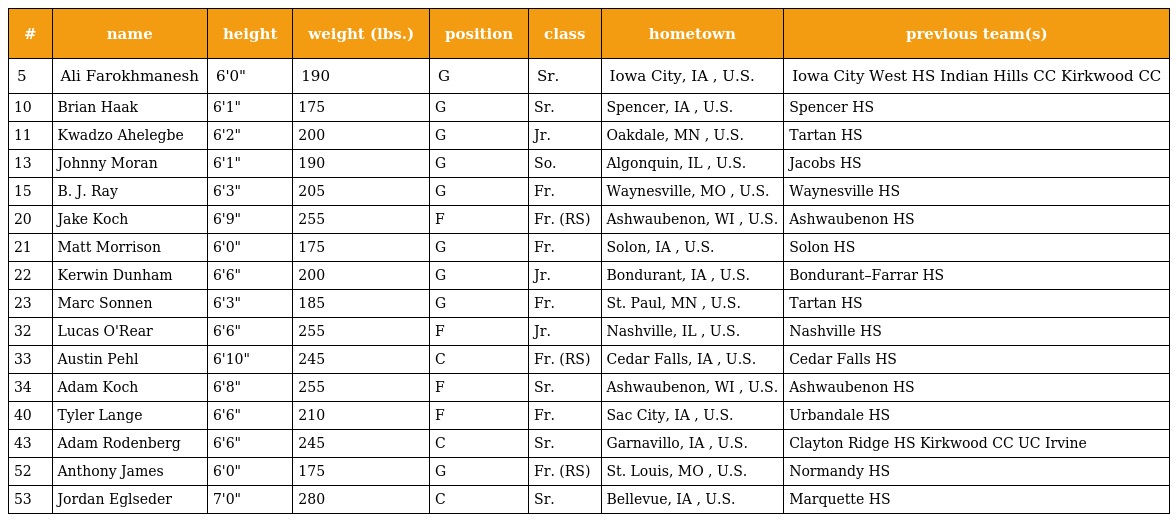
| # | name | height | weight (lbs.) | position | class | hometown | previous team(s) |
 | --- | --- | --- | --- | --- | --- | --- | --- |
 | 5 | Ali Farokhmanesh | 6'0" | 190 | G | Sr. | Iowa City, IA , U.S. | Iowa City West HS Indian Hills CC Kirkwood CC |
 | 10 | Brian Haak | 6'1" | 175 | G | Sr. | Spencer, IA , U.S. | Spencer HS |
 | 11 | Kwadzo Ahelegbe | 6'2" | 200 | G | Jr. | Oakdale, MN , U.S. | Tartan HS |
 | 13 | Johnny Moran | 6'1" | 190 | G | So. | Algonquin, IL , U.S. | Jacobs HS |
 | 15 | B. J. Ray | 6'3" | 205 | G | Fr. | Waynesville, MO , U.S. | Waynesville HS |
 | 20 | Jake Koch | 6'9" | 255 | F | Fr. (RS) | Ashwaubenon, WI , U.S. | Ashwaubenon HS |
 | 21 | Matt Morrison | 6'0" | 175 | G | Fr. | Solon, IA , U.S. | Solon HS |
 | 22 | Kerwin Dunham | 6'6" | 200 | G | Jr. | Bondurant, IA , U.S. | Bondurant–Farrar HS |
 | 23 | Marc Sonnen | 6'3" | 185 | G | Fr. | St. Paul, MN , U.S. | Tartan HS |
 | 32 | Lucas O'Rear | 6'6" | 255 | F | Jr. | Nashville, IL , U.S. | Nashville HS |
 | 33 | Austin Pehl | 6'10" | 245 | C | Fr. (RS) | Cedar Falls, IA , U.S. | Cedar Falls HS |
 | 34 | Adam Koch | 6'8" | 255 | F | Sr. | Ashwaubenon, WI , U.S. | Ashwaubenon HS |
 | 40 | Tyler Lange | 6'6" | 210 | F | Fr. | Sac City, IA , U.S. | Urbandale HS |
 | 43 | Adam Rodenberg | 6'6" | 245 | C | Sr. | Garnavillo, IA , U.S. | Clayton Ridge HS Kirkwood CC UC Irvine |
 | 52 | Anthony James | 6'0" | 175 | G | Fr. (RS) | St. Louis, MO , U.S. | Normandy HS |
 | 53 | Jordan Eglseder | 7'0" | 280 | C | Sr. | Bellevue, IA , U.S. | Marquette HS |